Annual report of lunatic asylums [Bombay] - 1912-1922
Year: 1912
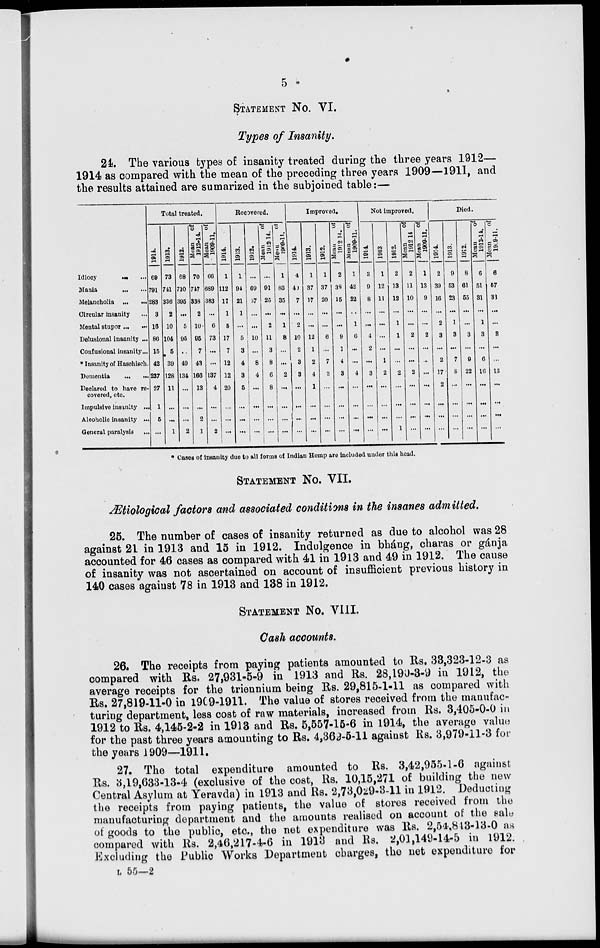
5
STATEMENT No. VI.
Types of Insanity.
24. The various types of insanity treated during the three years 1912—
1914 as compared with the mean of the preceding three years 1909—1911, and
the results attained are sumarized in the subjoined table:—
Idiocy ... ...
Mania
...
...
Melancholia
...
...
Circular insanity ...
Mental stupor ... ...
Delusional insanity ...
Confusional insanity ...
* Insanity of Haschisch.
Dementia
...
...
Declared to have re-
covered, etc.
Impulsive insanity ...
Alcoholic insanity ...
General paralysis ...
Total treated.
1914.
69
791
283
3
16
86
15
42
237
27
1
5
...
1913.
73
741
336
2
10
104
5
39
128
11
...
...
1
1912.
68
710
395
...
5
95
...
49
134
...
...
...
2
Mean
of
1912-14.
70
747
338
2
10
95
7
43
166
13
...
2
1
Mean
of
1909-11.
66
689
383
...
6
73
...
...
137
4
...
...
2
Recovered.
1914.
1
112
17
1
5
17
7
12
12
20
...
...
...
1913.
1
94
21
1
...
5
3
4
3
5
...
...
...
1912.
...
69
37
...
...
10
...
8
4
...
...
...
...
Mean
of
1912-14.
...
91
25
...
2
11
3
8
6
8
...
...
...
Mean
of
1909-11.
1
83
35
...
1
8
...
...
2
...
...
...
...
Improved.
1914.
4
40
7
...
2
10
2
3
3
...
...
...
...
1913.
1
37
17
...
...
12
1
2
4
1
...
...
...
1912.
1
37
20
...
...
6
...
7
3
...
...
...
...
Mean
of
1912 14.
2
38
15
...
...
9
1
4
3
...
...
...
...
Mean
of
1909-11.
1
42
22
...
1
6
...
...
4
...
...
...
...
Not improved.
1914.
3
9
8
...
...
4
2
...
3
...
...
...
...
1913
1
12
11
...
...
...
...
1
2
...
...
...
...
1912.
2
13
12
...
1
1
...
...
2
...
...
...
1
Mean
of
1912-14
2
11
10
...
...
2
...
...
2
...
...
...
...
Mean
of
1909-11.
1
13
9
...
...
2
...
...
...
...
...
...
...
Died.
1914.
2
39
16
...
2
3
...
2
17
2
...
...
...
1913.
9
53
23
...
1
3
...
7
8
...
...
...
...
1912.
8
61
55
...
...
3
...
9
22
...
...
...
...
Mean
of
1912-14.
6
51
31
...
1
3
...
6
16
...
...
...
...
Mean
of
1919-11.
6
57
33
...
...
3
...
...
15
...
...
...
...
* Cases of insanity due to all forms of Indian Hemp are included under this head.
STATEMENT No. VII.
Ætiological factors and associated conditions in the insanes admitted.
25. The number of cases of insanity returned as due to alcohol was 28
against 21 in 1913 and 15 in 1912. Indulgence in bháng, charas or gánja
accounted for 46 cases as compared with 41 in 1913 and 49 in 1912. The cause
of insanity was not ascertained on account of insufficient previous history in
140 cases against 78 in 1913 and 138 in 1912.
STATEMENT No. VIII.
Cash accounts.
26. The receipts from paying patients amounted to Rs. 33,323-12-3 as
compared with Rs. 27,931-5-9 in 1913 and Rs. 28,190-3-9 in 1912, the
average receipts for the triennium being Rs. 29,815-1-11 as compared with
Rs. 27,819-11-0 in 1909-1911. The value of stores received from the manufac-
turing department, less cost of raw materials, increased from Rs. 3,405-0-0 in
1912 to Rs. 4,145-2-2 in 1913 and Rs. 5,557-15-6 in 1914, the average value
for the past three years amounting to Rs. 4,369-5-11 against Rs. 3,979-11-3 for
the years 1909—1911.
27. The total expenditure amounted to Rs. 3,42,955-1-6 against
Rs. 3,19,633-13-4 (exclusive of the cost, Rs. 10,15,271 of building the new
Central Asylum at Yeravda) in 1913 and Rs. 2,73,029-3-11 in 1912. Deducting
the receipts from paying patients, the value of stores received from the
manufacturing department and the amounts realised on account of the sale
of goods to the public, etc., the net expenditure was Rs. 2,54,843-13-0 as
compared with Rs. 2,46,217-4-6 in 1913 and Rs. 2,01,149-14-5 in 1912.
Excluding the Public Works Department charges, the net expenditure for
L 55—2